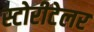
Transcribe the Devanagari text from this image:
स्टोरीटेलर